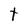
Character: t